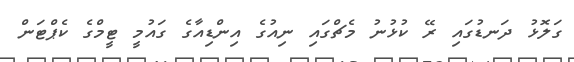
ގަލޮޅު ދަނޑުގައި ރޭ ކުޅުނު މެޗްގައި ނިއުގެ އިންޑިއާގެ ގައުމީ ޓީމްގެ ކެޕްޓަން